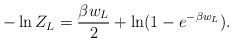
LaTeX: \begin{align*}-\ln Z_L={\beta w_L\over 2}+\ln(1-e^{-\beta w_L}).\end{align*}